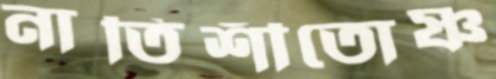
নাতিশীতোষ্ণ